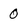
Character: 0